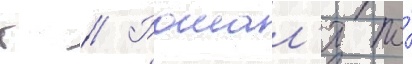
г // Рошал'я по́